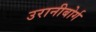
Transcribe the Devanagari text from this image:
उरानीबोर्ग